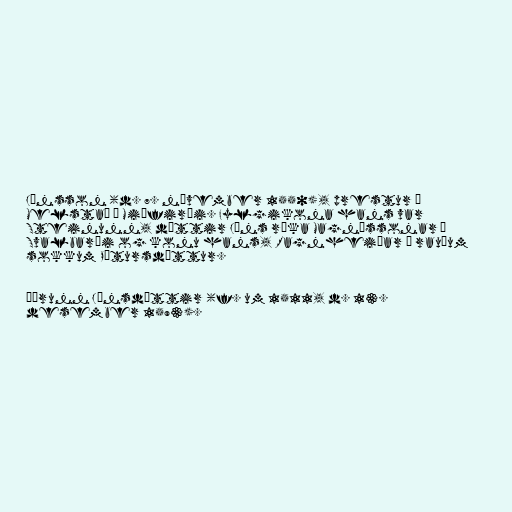
Jónsson (d. 7. nóvember 1550), prestur á
Melstað í Miðfirði. Fylgikona hans var
Steinunn, dóttir Jóns ríka Magnússonar á
Svalbarði og konu hans, Ragnheiðar á rauðum
sokkum Pétursdóttur.

Þórunn Jónsdóttir (f. um 1511, d. 13.
desember 1593).